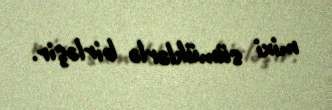
mixi sümüklərlə birləşir.